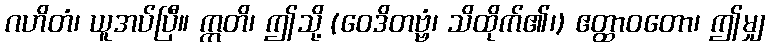
ဂဟိတံ၊ ယူအပ်ပြီ။ ဣတိ၊ ဤသို့ (ဝေဒိတဗ္ဗံ၊ သိထိုက်၏၊) ဧတ္ထာဝတော၊ ဤမျှ